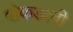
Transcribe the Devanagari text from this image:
बोकडाची